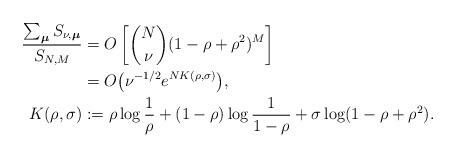
LaTeX: \begin{align*}\begin{aligned}\frac{\sum_{\boldsymbol\mu}S_{\nu,\boldsymbol\mu}}{S_{N,M}}&=O\left[\binom{N}{\nu}(1-\rho+\rho^2)^M\right]\\&=O\bigl(\nu^{-1/2}e^{NK(\rho,\sigma)}\bigr),\\K(\rho,\sigma)&:=\rho\log\frac{1}{\rho}+(1-\rho)\log\frac{1}{1-\rho}+\sigma\log(1-\rho+\rho^2).\end{aligned}\end{align*}